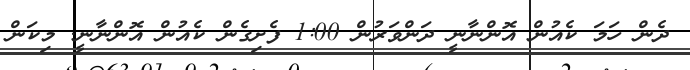
ދެން ހަމަ ކެއުން އޮންނާނީ ދަންވަރުން 1:00 ފެށިގެން ކެއުން އޮންނާނީ. މިކަން